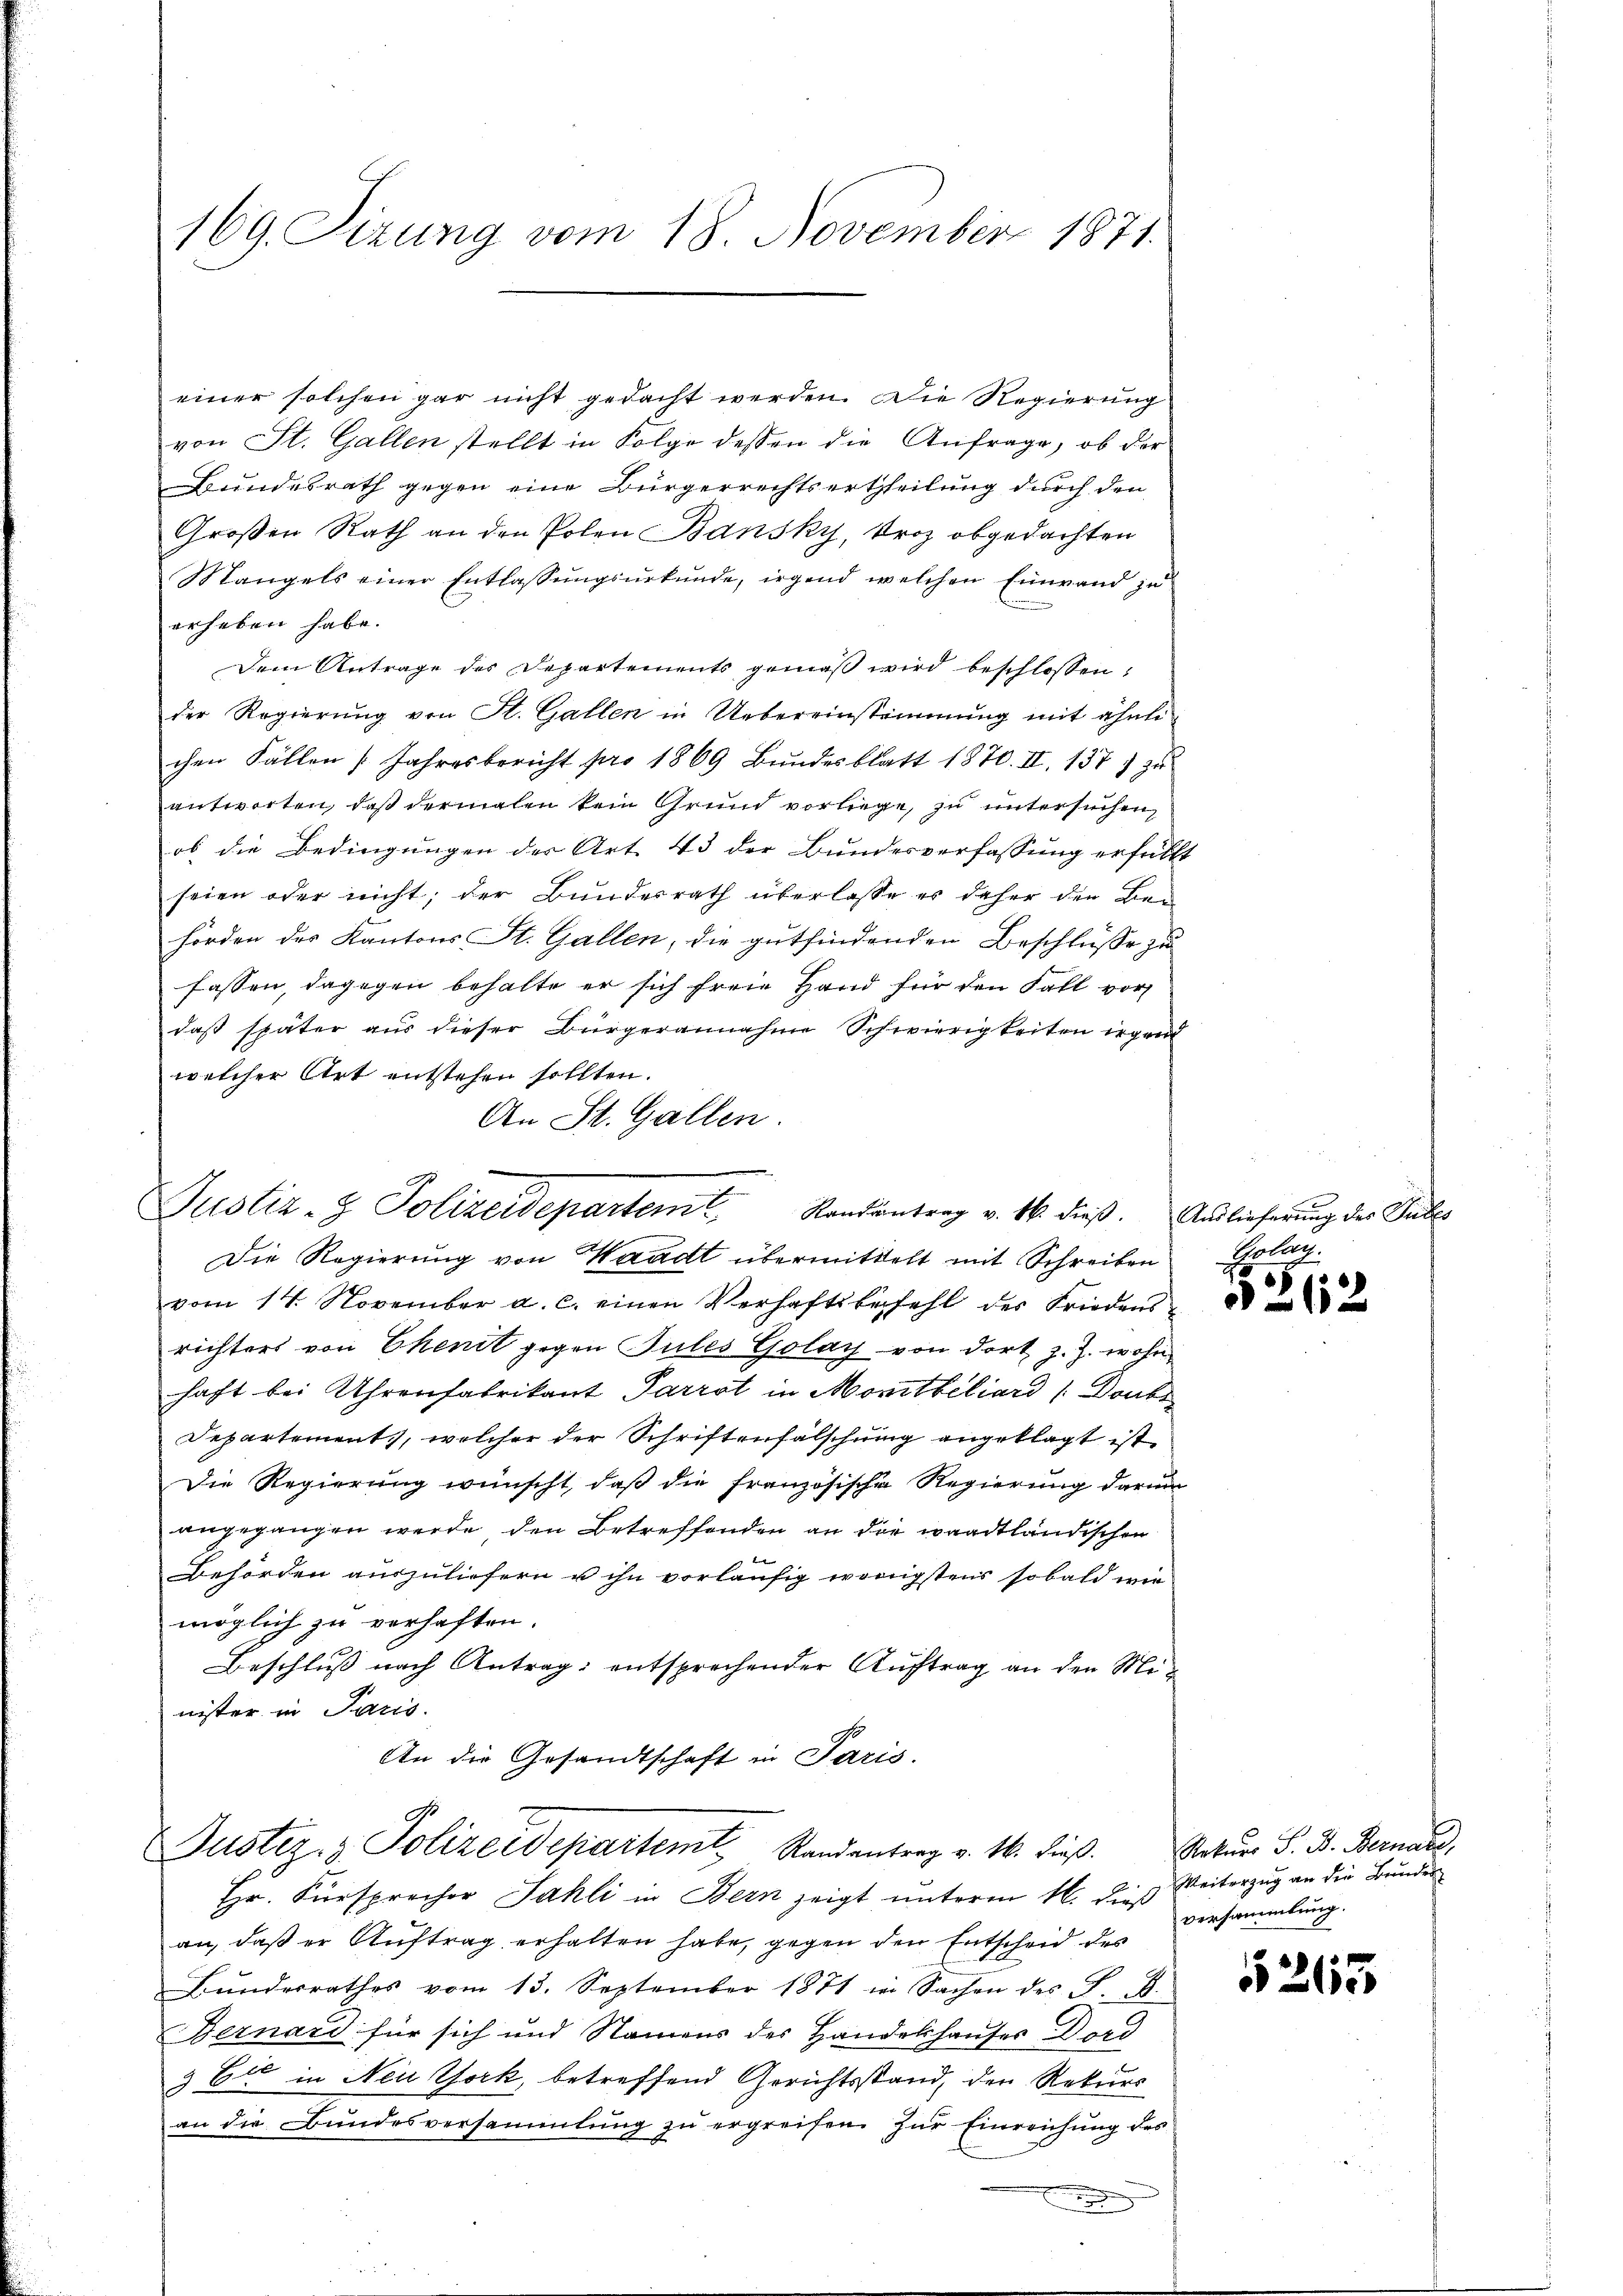
169. Sizung vom 18. November 1871.

einer solchen gar nicht gedacht werden. Die Regierung
von St. Gallen stellt in Folge dessen die Anfrage, ob der
Bundesrath gegen eine Bürgerrechtsertheilung durch den
Großen Rath an den Polen Bansky, Proz obgedachten
Mangels einer Entlassungsurkunde, irgend welchen Einwand zu
erheben habe.
Dem Antrage des Departements gemäß wird beschlossen:
der Regierŭng von St. Gallen in Uebereinstimmung mit ähnli
chen Fällen (Jahresbericht pro 1869 Bŭndesblatt 1870. II. 1377 zu
antworten, daß dermalen kein Grund vorliege, zu untersuchen,
ob die Bedingungen der Art. 43 der Bundesverfassung erfüllt
seien oder nicht; der Bundesrath überlasse er daher den Behörden des Kantons St. Gallen, die gutfindenden Beschlüsse zu
fassen, dagegen behalte er sich freie Hand für den Fall vor
daß später aus dieser Bürgerannahme Schwierigkeiten irgen
welcher Art entstehen sollten.
An St. Gallen.
Justiz- & Polizeidepartem Randantrag v. 16. dieß. Auslieferung der Sulz¬
Die Regierung von Waadt übermittelt mit Schreiben
vom 14. November a. c. einen Verhaftsbefehl des Friedensrichters von Ekenit gegen Pules Golay von dort z. Z. wohn
haft bei Uhrenfabrikant Parrot in Mortbiliard (Doubs
Departement, welcher der Schriftenfälschung angeklagt ist
Die Regierung wünscht, daß die französische Regierung darum
angegangen werde den Betreffenden an die waadtländischen

Behörden auszuliefern u ihn vorläufig wenigstens sobald wie
möglich zu verhaften.
Beschluß nach Antrag: entsprechender Auftrag an den Minister in Paris.
An die Gesandtschaft in Paris.

G.
Justiz- & Polizeidepartemt Randantrag v. M. dieβ.

Hr. Fürsprecher Sahli in Bern zeigt unterm 16. dieß
an, daß er Auftrag erhalten habe, gegen den Entscheid des
Bŭndesrathes vom 13. September 1871 in Sachen des S. B.
Bernard für sich und Namens der Handelshauses Dord
& E in Neu York, betreffend Gerichtsstand, den Rekurs
an die Bundesversammlung zu ergreifen zur Einreichung des

hrlich

262

Naturs S. B. Bernate,
Weiterzug an die Bunden
versammlung.

5265